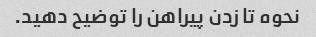
نحوه تا زدن پیراهن را توضیح دهید.